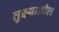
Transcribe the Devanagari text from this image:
तुझ्यातील